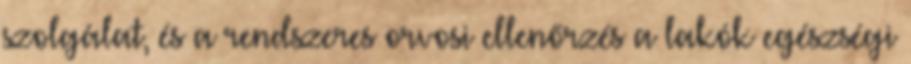
szolgálat, és a rendszeres orvosi ellenőrzés a lakók egészségi